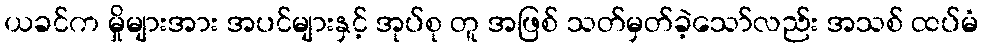
ယခင်က မှိုများအား အပင်များနှင့် အုပ်စု တူ အဖြစ် သတ်မှတ်ခဲ့သော်လည်း အသစ် ထပ်မံ